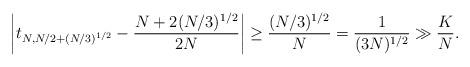
LaTeX: \begin{align*}\left|t_{N, N / 2 + (N/3)^{1/2}} - \frac{N + 2 (N/3)^{1/2}}{2 N} \right| \ge\frac{ (N/3)^{1/2}}{N}=\frac{ 1}{(3 N)^{1/2}}\gg \frac{ K}{N}.\end{align*}